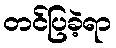
တင်ပြခဲ့ရာ